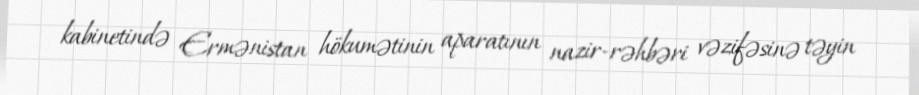
kabinetində Ermənistan hökumətinin aparatının nazir-rəhbəri vəzifəsinə təyin